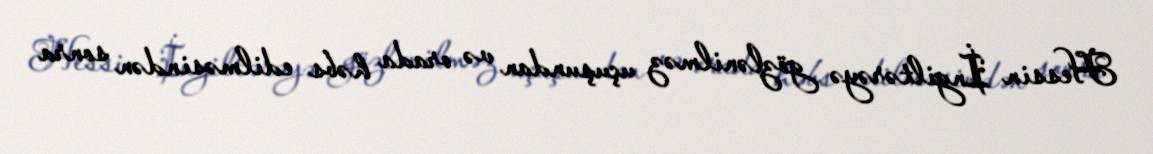
Hessin İngiltərəyə gözlənilməz uçuşundan və orada həbs edilməsindən sonra